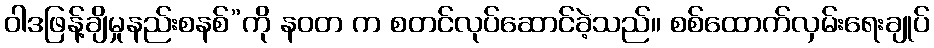
ဝါဒဖြန့်ချိမှုနည်းစနစ်”ကို နဝတ က စတင်လုပ်ဆောင်ခဲ့သည်။ စစ်ထောက်လှမ်းရေးချုပ်